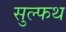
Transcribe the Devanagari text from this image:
सुल्फथ